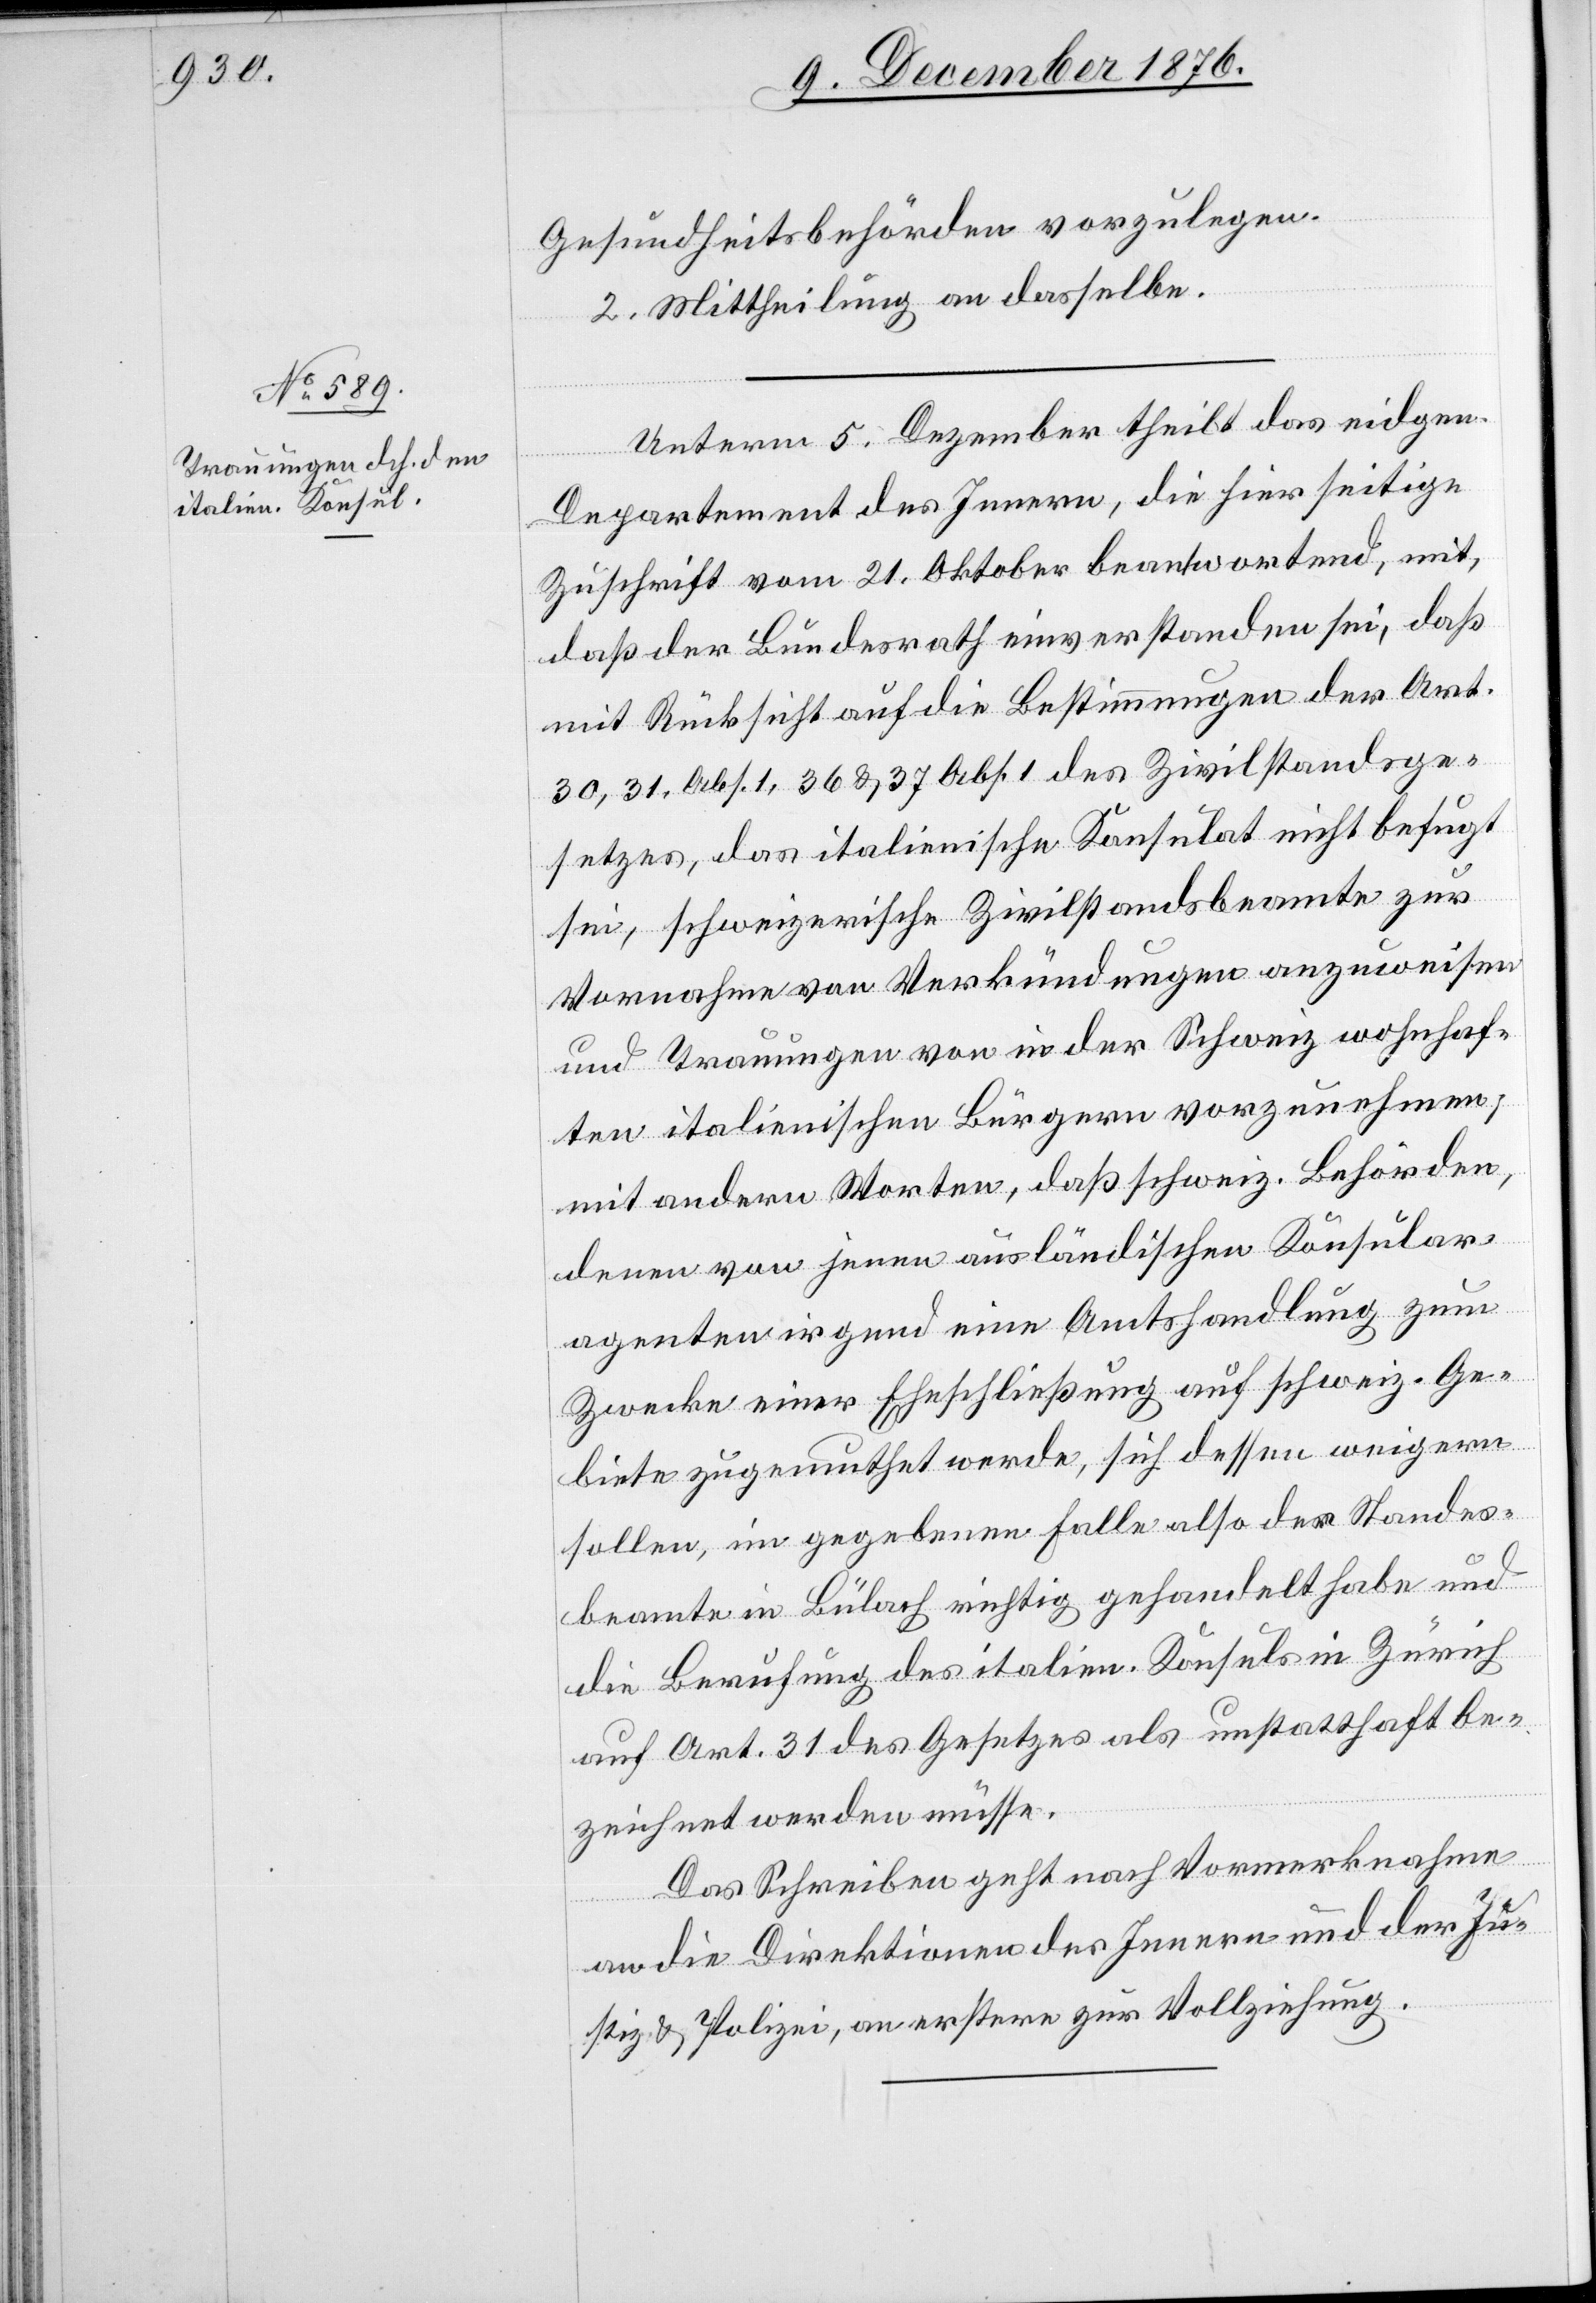
Gesundheitsbehörden vorzulegen.
2. Mittheilung an dasselbe.
Unterm 5. Dezember theilt das eigen.
Departement des Innern, die hierseitige
Zuschrift vom 21. Oktober beantwortend, mit,
daß der Bundesrath einverstanden sei, daß
mit Rücksicht auf die Bestimmungen der Art.
30, 31. Abs. 1, 36 & 37 Abs. 1 des Zivilstandsge¬
setzes, das italienische Konsulat nicht befugt
sei, schweizerische Zivilstandsbeamte zur
Vornahme von Verkündungen anzuweisen
und Trauungen von in der Schweiz wohnhaf¬
ten italienischen Bürgern vorzunehmen;
mit andern Worten, daß schweiz. Behörden,
denen von jenen ausländischen Konsular¬
agenten irgend eine Amtshandlung zum
Zwecke einer Eheschließung auf schweiz. Ge¬
biete zugemuthet werde, sich dessen weigern
sollen, im gegebenen Falle also der Standes¬
beamte in Bülach richtig gehandelt habe und
die Berufung des italien. Konsuls in Zürich
auf Art. 31 des Gesetzes als unstatthaft be¬
zeichnet werden müsse.
Das Schreiben geht nach Vormerknahme
an die Direktion des Innern und der Ju¬
stiz- & Polizeidirektion, an erstere zur Vollziehung.